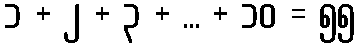
၁ + ၂ + ၃ + ... + ၁၀ = ၅၅